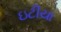
ઇટીયા